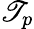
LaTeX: \mathscr{T}_{p}